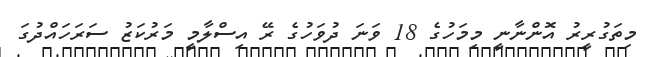
މިތަގުރީރު އޮންނާނީ މިމަހުގެ 18 ވަަނަ ދުވަހުގެ ރޭ އިސްލާމީ މަރުކަޒު ސަރަހައްދުގަ